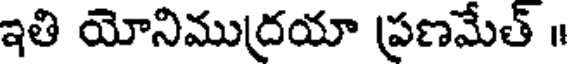
ఇతి యోనిముద్రయా ప్రణమేత్ ॥